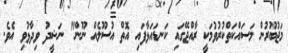
މަޖުބޫރުން މަސައްކަތްކުރުވުމަކީ ރާއްޖޭގައި ކަނޑައަޅާފައި އޮތް އުސޫލެއް ނޫން" ނަޝީދު ވިދާޅުވި އެވެ.